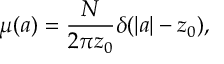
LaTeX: \mu ( a ) = \frac { N } { 2 \pi z _ { 0 } } \delta ( | a | - z _ { 0 } ) ,